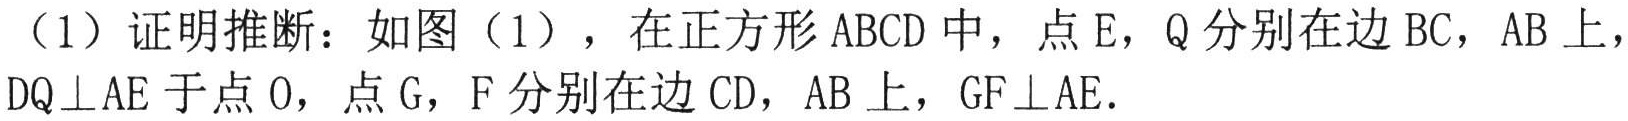
（1）证明推断：如图（1），在正方形ABCD中，点E，Q分别在边BC，AB上，
DQ⊥AE于点O，点G，F分别在边CD，AB上，GF⊥AE．